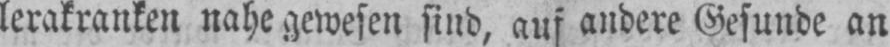
lerakranken nahe gewesen sind, auf andere Gesunde an